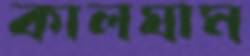
কালঘাম